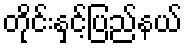
တိုင်းနှင့်ပြည်နယ်